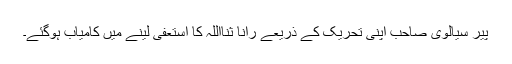
پیر سیالوی صاحب اپنی تحریک کے ذریعے رانا ثنااللہ کا استعفیٰ لینے میں کامیاب ہوگئے۔